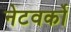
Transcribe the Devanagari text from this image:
नेटवर्को